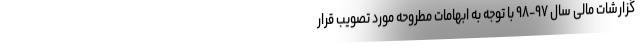
گزارشات مالی سال ۹۷-۹۸ با توجه به ابهامات مطروحه مورد تصویب قرار